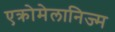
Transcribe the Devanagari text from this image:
एक्रोमेलानिज्म